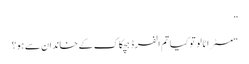
”
“مسٹر اٹالو تو کیا تم الفرڈ ہچکاک کے خاندان سے ہو؟